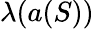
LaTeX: \lambda({a}(S))